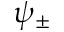
\psi _ { \pm }